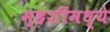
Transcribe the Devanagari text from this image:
म्हशींमध्ये